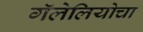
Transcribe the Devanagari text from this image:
गॅलेलियोचा